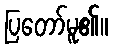
ပြတော်မူ၏။